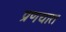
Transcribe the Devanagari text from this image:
प्रणयात